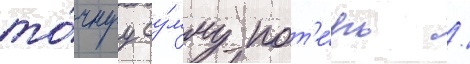
то́чнуу су́мму пот'е́рь /